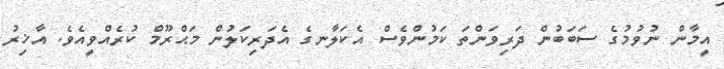
އީމާން ނުވުމުގެ ސަބަބުން ދަރިވަންތަ ކަމުންވެސް އެކަލާނގެ އެދަރިކަލުން މަޙްރޫމް ކުރެއްވީއެވެ. އާޚިރު